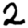
Digit: 2